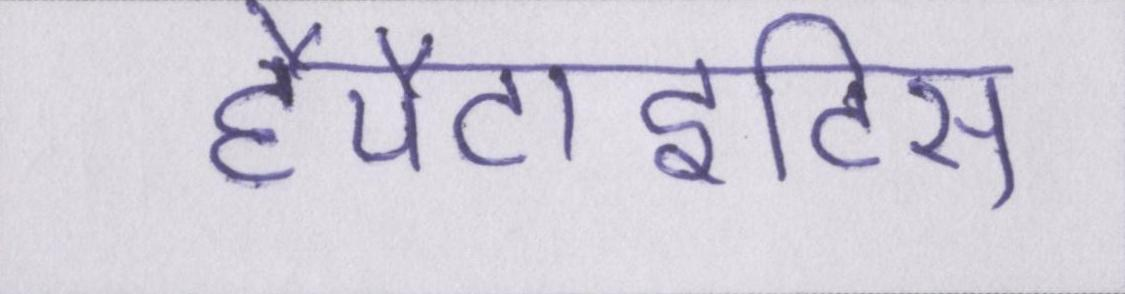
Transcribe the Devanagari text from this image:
हैपैटाइटिस